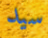
سيد